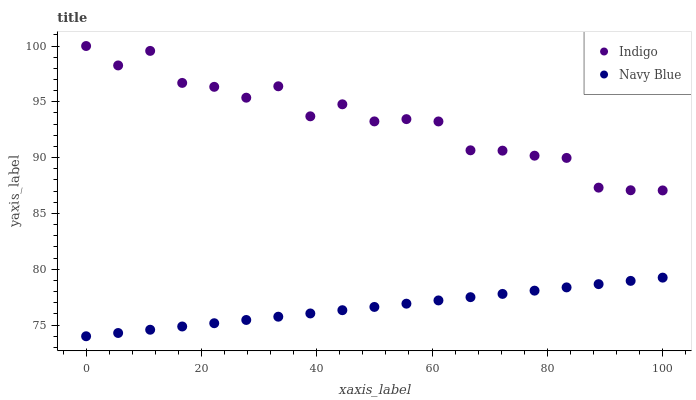
| xaxis_label | Indigo | Navy Blue |
 | --- | --- | --- |
 | 0 | 100 | 74 |
 | 5.56 | 98.3 | 74.3 |
 | 11.1 | 99.6 | 74.6 |
 | 16.7 | 96.7 | 74.9 |
 | 22.2 | 96.3 | 75.2 |
 | 27.8 | 95.4 | 75.5 |
 | 33.3 | 96.4 | 75.8 |
 | 38.9 | 93.7 | 76 |
 | 44.4 | 94.8 | 76.3 |
 | 50 | 93.2 | 76.6 |
 | 55.6 | 93.5 | 76.9 |
 | 61.1 | 93.2 | 77.2 |
 | 66.7 | 90.7 | 77.5 |
 | 72.2 | 90.6 | 77.8 |
 | 77.8 | 90.2 | 78.1 |
 | 83.3 | 90 | 78.4 |
 | 88.9 | 87.3 | 78.7 |
 | 94.4 | 87.1 | 79 |
 | 100 | 87.1 | 79.3 |